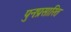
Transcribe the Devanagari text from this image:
पुनःप्रसारित